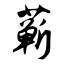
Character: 蕲